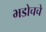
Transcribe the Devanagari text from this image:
भडोचचे